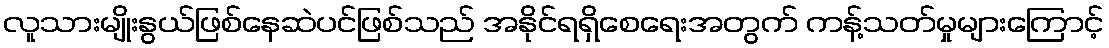
လူသားမျိုးနွယ်ဖြစ်နေဆဲပင်ဖြစ်သည် အနိုင်ရရှိစေရေးအတွက် ကန့်သတ်မှုများကြောင့်